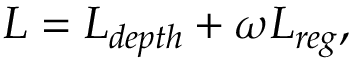
L = L _ { d e p t h } + \omega L _ { r e g } ,